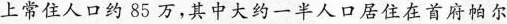
上常住人口约85万，其中大约一半人口居住在首府帕尔